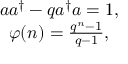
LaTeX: \begin{array} { c } { { a a ^ { \dagger } - q a ^ { \dagger } a = 1 , } } \\ { { \varphi ( n ) = \frac { q ^ { n } - 1 } { q - 1 } , } } \end{array}